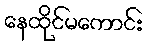
နေထိုင်မကောင်း